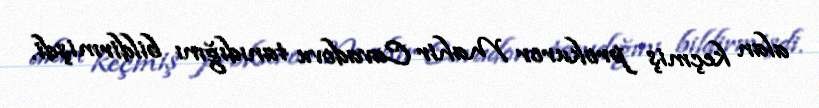
alan keçmiş prokuror Mahir Cavadovu tanıdığını bildirmişdi.